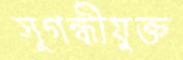
সুগন্ধীযুক্ত